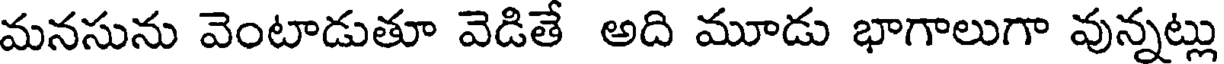
మనసును వెంటాడుతూ వెడితే అది మూడు భాగాలుగా వున్నట్లు